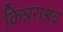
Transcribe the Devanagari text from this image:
किन्नराश्रव